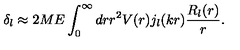
\delta _ { l } \approx 2 M E \int _ { 0 } ^ { \infty } d r r ^ { 2 } V ( r ) j _ { l } ( k r ) \frac { R _ { l } ( r ) } { r } .